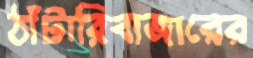
ঠাঁটারিবাজারের